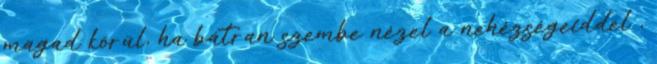
magad körül, ha bátran szembe nézel a nehézségeiddel ,